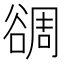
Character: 𧮻